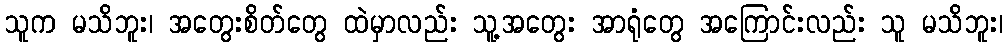
သူက မသိဘူး၊ အတွေးစိတ်တွေ ထဲမှာလည်း သူ့အတွေး အာရုံတွေ အကြောင်းလည်း သူ မသိဘူး၊